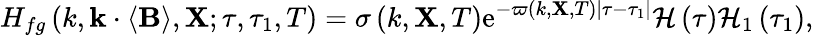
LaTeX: H_{fg}\left(k,\mathbf{k}\cdot\left\langle\mathbf{B}\right\rangle,\mathbf{X};\tau,\tau_{1},T\right)=\sigma\left(k,\mathbf{X},T\right)\mathrm{e}^{-\varpi\left(k,\mathbf{X},T\right)\left|\tau-\tau_{1}\right|}\mathcal{H}\left(\tau\right)\mathcal{H}_{1}\left(\tau_{1}\right),